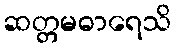
ဆတ္တမဓာရေသိ